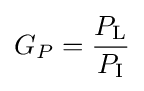
G_{P}={\frac {P_{\mathrm {L} }}{P_{\mathrm {I} }}}